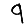
Digit: 9